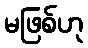
မဖြစ်ဟု